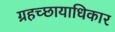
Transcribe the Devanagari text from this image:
ग्रहच्छायाधिकार